Problem: 3 × 8 = ?
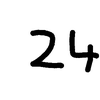
Handwritten answer: 24